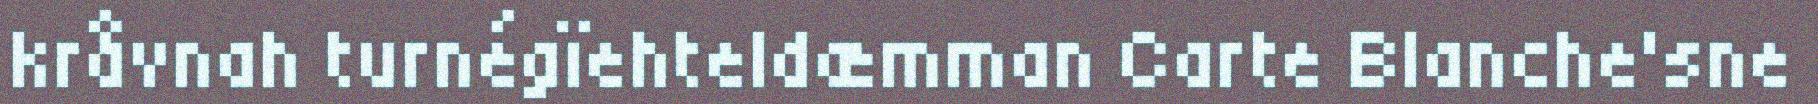
kråvnah turnégïehteldæmman Carte Blanche'sne